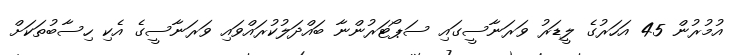
އުމުރުން 45 އަހަރުގެ ލީޑަރު ވަރަނާސީގައި ސަޕޯޓަރުންނާ ބައްދަލުކުރައްވައި ވަރަނާސީގެ އެކި ހިސާބުތަކަށް